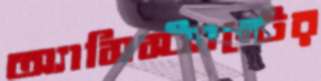
অ্যাসিস্ট্যান্টের